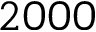
2 0 0 0